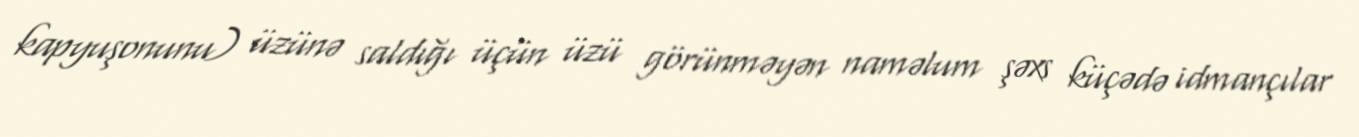
kapyuşonunu) üzünə saldığı üçün üzü görünməyən naməlum şəxs küçədə idmançılar